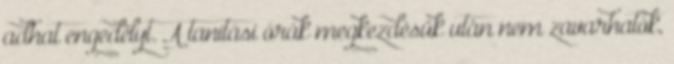
adhat engedélyt. A tanítási órák megkezdésük után nem zavarhatók,